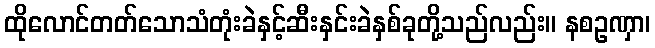
ထိုလောင်တတ်သောသံတုံးခဲနှင့်ဆီးနှင်းခဲနှစ်ခုတို့သည်လည်း။ နစဥဏှာ၊